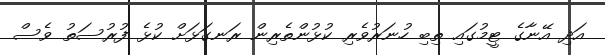
އަދި އޭނާގެ ޓީމުގައި ތިބި ހުނަރުވެރި ކުޅުންތެރިން ރަނގަޅަށް ކުޅެ ފުރުސަތު ވެސް